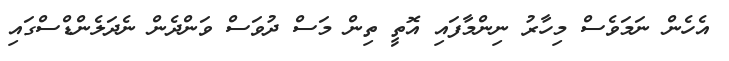
އެހެން ނަމަވެސް މިހާރު ނިންމާފައި އޮތީ ތިން މަސް ދުވަސް ވަންދެން ނެދަލެންޑްސްގައި